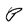
Character: P